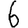
Digit: 6